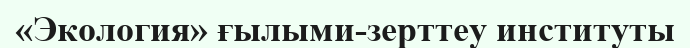
«Экология» ғылыми-зерттеу институты